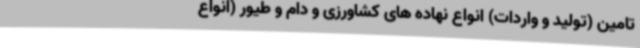
تامین (تولید و واردات) انواع نهاده های کشاورزی و دام و طیور (انواع